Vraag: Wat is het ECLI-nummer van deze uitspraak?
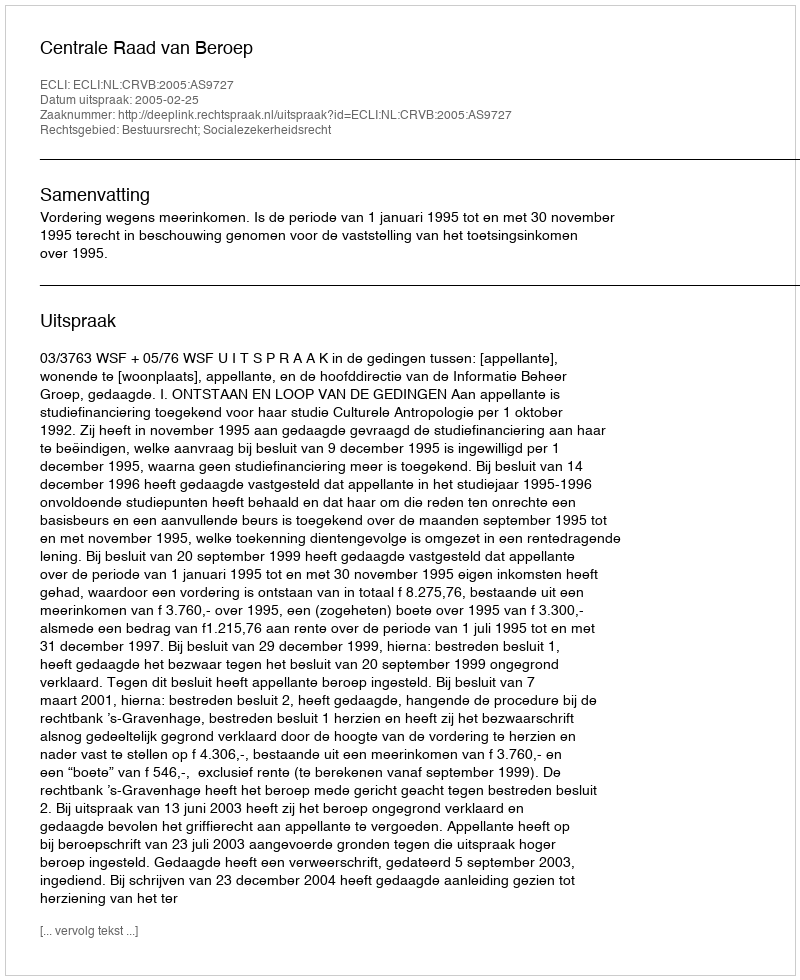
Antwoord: ECLI:NL:CRVB:2005:AS9727